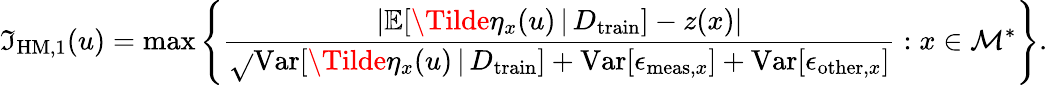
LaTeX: \mathfrak{I}_{\mathrm{{HM}},1}(u)=\operatorname*{max}\left\{ \frac{{\lvert\mathbb{{E}}[\Tilde{\eta}_{x}(u)\, \vert\, D_{\mathrm{{train}}}]-z(x)\rvert}}{{\sqrt{}{{\mathrm{{Var}}[\Tilde{\eta}_{x}(u)\, \vert\, D_{\mathrm{{train}}}]+\mathrm{{Var}}[\epsilon_{\mathrm{{meas}},x}]+\mathrm{{Var}}[\epsilon_{\mathrm{{other}},x}]}}}}:x\in\mathcal{{M}}^{*}\right\} .